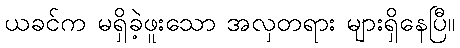
ယခင်က မရှိခဲ့ဖူးသော အလှတရား များရှိနေပြီ။